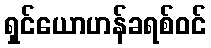
ရှင်ယောဟန်ခရစ်ဝင်